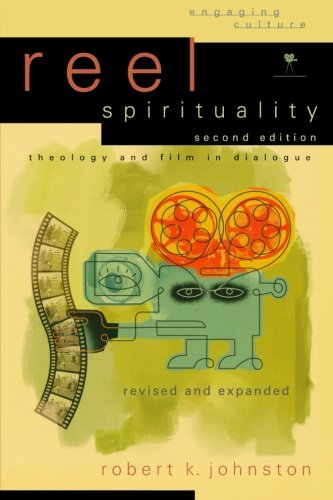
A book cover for Reel Spirituality: Theology and Film in Dialogue (Engaging Culture); Robert K. Johnston; Humor & Entertainment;